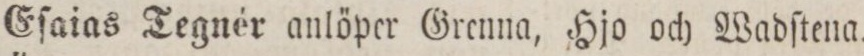
Eſaias Tegnér anlöper Grenna, Hjo och Wadſtena.